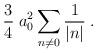
LaTeX: \begin{align*}{3\over{4}}\; a_0^2\sum_{n\neq 0} {1\over{|n|}} \; .\end{align*}